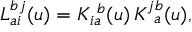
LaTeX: L \mathrm { } _ { a i } ^ { b j } ( u ) = K \mathrm { } _ { i a } ^ { \ b } ( u ) \, K \mathrm { } _ { \ a } ^ { j b } ( u ) ,